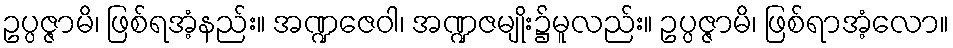
ဥပ္ပဇ္ဇာမိ၊ ဖြစ်ရအံ့နည်း။ အဏ္ဍဇေဝါ၊ အဏ္ဍဇမျိုး၌မူလည်း။ ဥပ္ပဇ္ဇာမိ၊ ဖြစ်ရာအံ့လော။